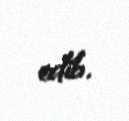
edib.